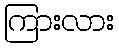
ကြားလား